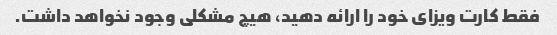
فقط کارت ویزای خود را ارائه دهید، هیچ مشکلی وجود نخواهد داشت.